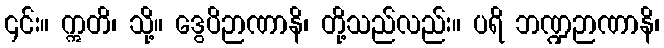
၎င်း။ ဣတိ၊ သို့။ ဒွေပိဉာဏာနိ၊ တို့သည်လည်း။ ပရိ ဘဏ္ဍဉာဏာနိ၊